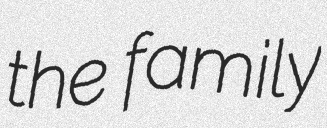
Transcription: the family